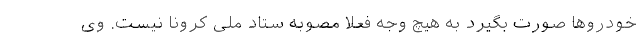
خودروها صورت بگیرد به هیچ وجه فعلاً مصوبه ستاد ملی کرونا نیست. وی